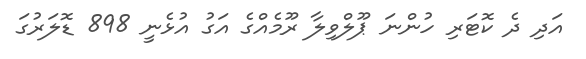
އަދި ދެ ކޮޓަރި ހުންނަ ޕޫލްވިލާ ރޫމެއްގެ އަގު އުޅެނީ 898 ޑޮލަރުގަ